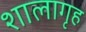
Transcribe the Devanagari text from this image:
शालागृह